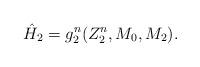
LaTeX: \begin{align*}\hat{H}_{2} = g^{n}_{2}(Z^{n}_{2},M_0,M_2).\end{align*}